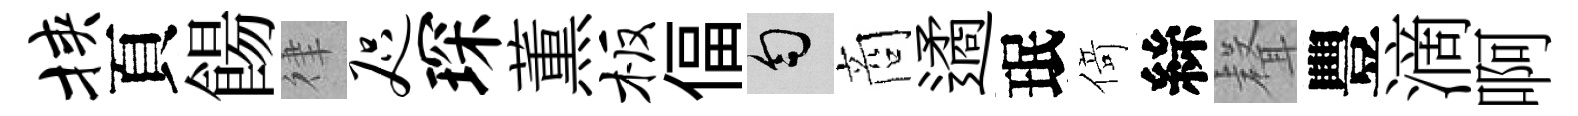
挟頁餳律咫琛薫板偪匀商遹珉𠋣絲𮋻豐滴啊